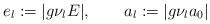
LaTeX: \begin{align*}e_l :=|g\nu_l E|, \qquad a_l:= |g\nu_l a_0| \end{align*}